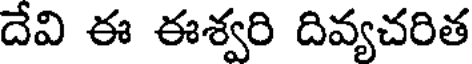
దేవి ఈ ఈశ్వరి దివ్యచరిత